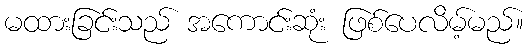
မထားခြင်းသည် အကောင်းဆုံး ဖြစ်ပေလိမ့်မည်။